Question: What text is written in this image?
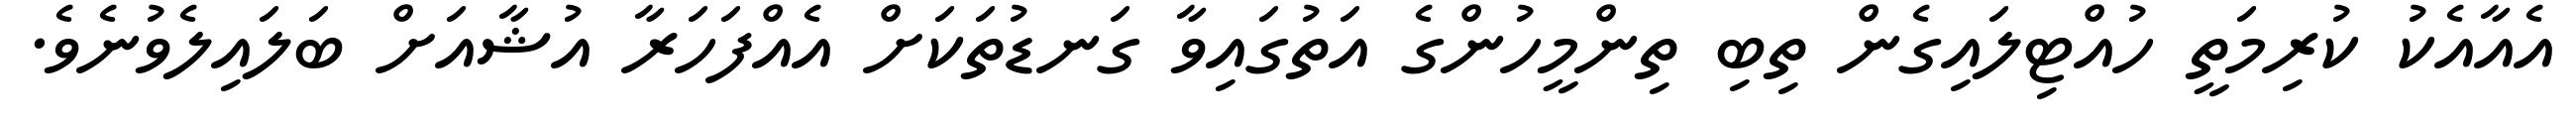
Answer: އެއާއެކު ކުރިމަތީ ހުއްޓިލައިގެން ތިބި ތިންމީހުންގެ އަތުގައިވާ ގަނޑުތަކަށް އެއްފަހަރާ އުޝާއަށް ބަލައިލެވުނެވެ.